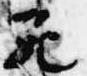
死